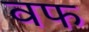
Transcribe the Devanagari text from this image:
वफ